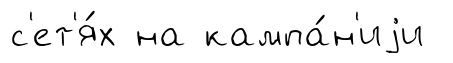
с'ет'я́х на кампа́н'иjи